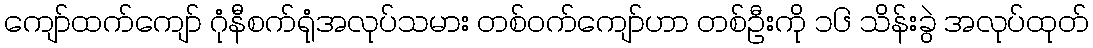
ကျော်ထက်ကျော် ဂုံနီစက်ရုံအလုပ်သမား တစ်ဝက်ကျော်ဟာ တစ်ဦးကို ၁၆ သိန်းခွဲ အလုပ်ထုတ်